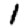
Digit: 1